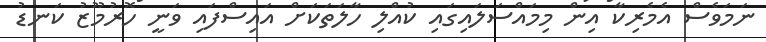
ނަމަވެސް އެމެރިކާ އިން މިމައްސަލައިގައި ކުއްލި ހާލަތަކަށް އައިސްފައި ވަނީ ހޮރުމޫޒު ކަނޑު